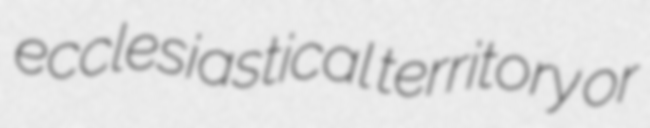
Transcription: ecclesiastical territory or